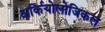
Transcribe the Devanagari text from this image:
अर्कियोलोजिकल